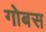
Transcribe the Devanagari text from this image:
गोबस